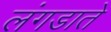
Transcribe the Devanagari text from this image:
लंगडाते